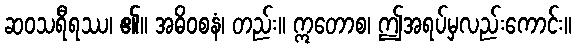
ဆဝသရီရဿ၊ ၏။ အဓိဝစနံ၊ တည်း။ ဣတောစ၊ ဤအရပ်မှလည်းကောင်း။